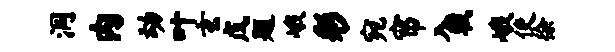
洞内动叶玄戊题峨彩宛帘入戟峨使徐